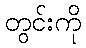
တွင်းကို